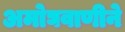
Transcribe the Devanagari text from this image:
अमोघवाणीने